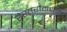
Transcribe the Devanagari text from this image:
रेस्तरांमधील